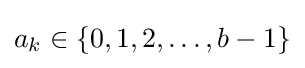
a_{k}\in \{0,1,2,\ldots ,b-1\}